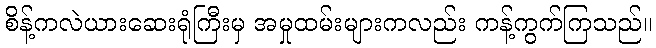
စိန့်ကလဲယားဆေးရုံကြီးမှ အမှုထမ်းများကလည်း ကန့်ကွက်ကြသည်။